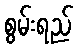
စွမ်းရည်